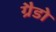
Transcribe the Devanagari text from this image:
ग्रैडो